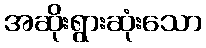
အဆိုးရွားဆုံးသော